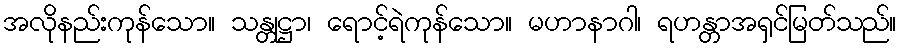
အလိုနည်းကုန်သော။ သန္တုဋ္ဌာ၊ ရောင့်ရဲကုန်သော။ မဟာနာဂါ၊ ရဟန္တာအရှင်မြတ်သည်။